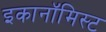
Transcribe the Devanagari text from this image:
इकानॉमिस्ट